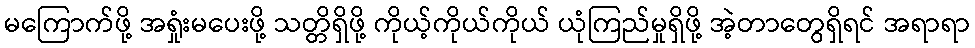
မကြောက်ဖို့ အရှုံးမပေးဖို့ သတ္တိရှိဖို့ ကိုယ့်ကိုယ်ကိုယ် ယုံကြည်မှုရှိဖို့ အဲ့တာတွေရှိရင် အရာရာ